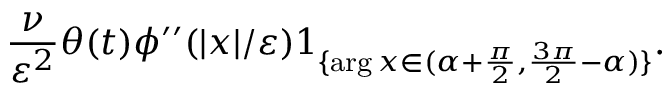
\frac { \nu } { \varepsilon ^ { 2 } } \theta ( t ) \phi ^ { \prime \prime } ( | x | / \varepsilon ) 1 _ { \{ \arg x \in ( \alpha + \frac { \pi } { 2 } , \frac { 3 \pi } { 2 } - \alpha ) \} } .